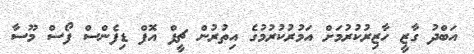
އަބްދު ގާޒީ ހާޒިރުކުރުމަށް އަމުރުކުރުމުގެ އިތުރުން ޗީފް އޮފް ޑިފެންސް ފޯސް މޫސާ